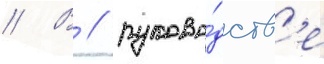
// В / руково́дств'е